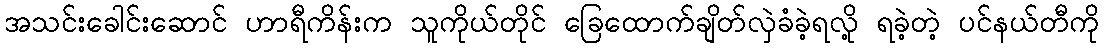
အသင်းခေါင်းဆောင် ဟာရီကိန်းက သူကိုယ်တိုင် ခြေထောက်ချိတ်လှဲခံခဲ့ရလို့ ရခဲ့တဲ့ ပင်နယ်တီကို